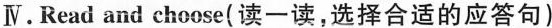
Ⅳ.Read and choose(读一读，选择合适的应答句)